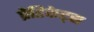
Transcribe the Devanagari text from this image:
प्रेडिकेट्स